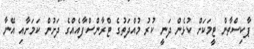
ޕާކިސްތާން ޓީމަކަށް ކުޅެން ދަނީ ކުރު މުއްދަތުގެ ޓްރާންސްފާއެއްގެ ދަށުން ކަމަށާއި އޭނާ